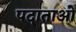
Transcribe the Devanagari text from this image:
पदाताओं